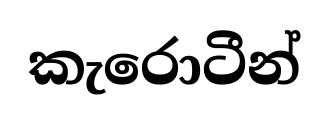
කැරොටීන්